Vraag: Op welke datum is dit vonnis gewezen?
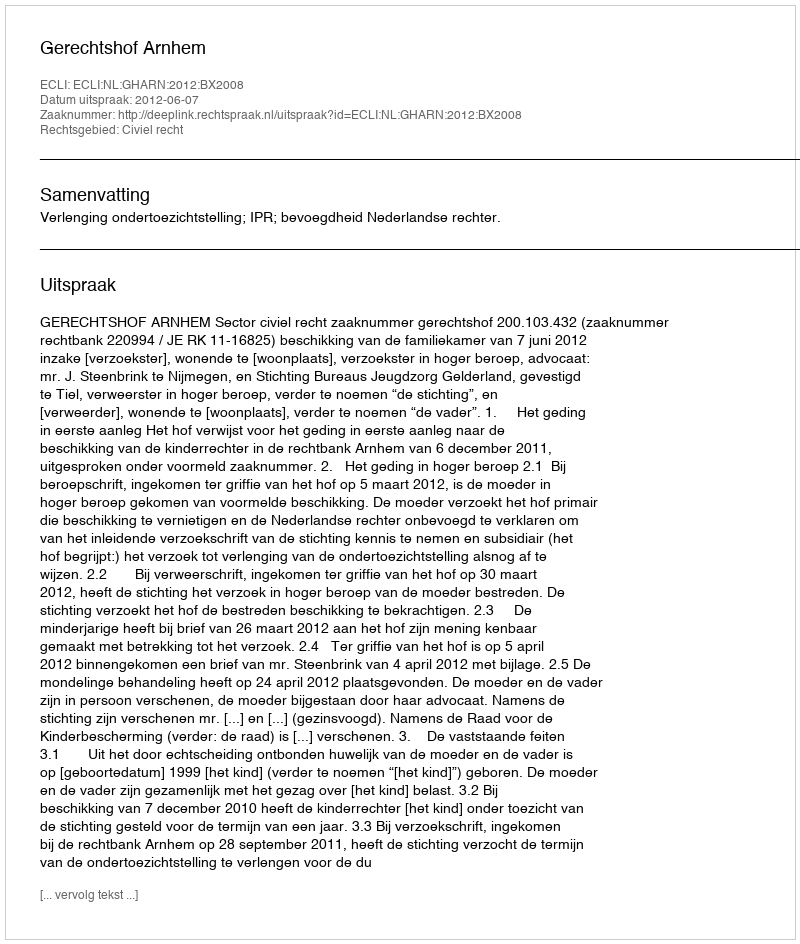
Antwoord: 2012-06-07